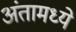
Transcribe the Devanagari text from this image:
अंतामध्ये